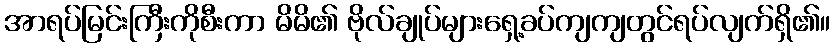
အာရပ်မြင်းကြီးကိုစီးကာ မိမိ၏ ဗိုလ်ချုပ်များရှေ့ခပ်ကျကျတွင်ရပ်လျက်ရှိ၏။